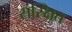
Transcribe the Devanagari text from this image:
संस्क्षित